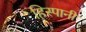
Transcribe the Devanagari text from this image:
हिस्पानी